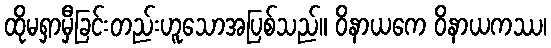
ထိုမရှာမှီခြင်းတည်းဟူသောအပြစ်သည်။ ဝိနာယကေ ဝိနာယကဿ၊